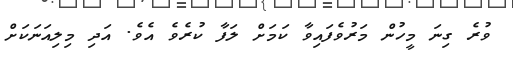
ވުރެ ގިނަ މީހުން މަރުވެފައިވާ ކަމަށް ލަފާ ކުރެވެ އެވެ. އަދި މިލިއަނަކަށް